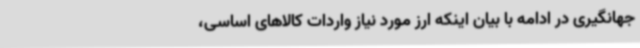
جهانگیری در ادامه با بیان اینکه ارز مورد نیاز واردات کالاهای اساسی،